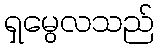
ရှမွေလသည်